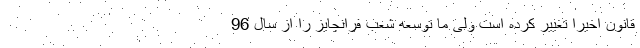
قانون اخیرا تغییر کرده است ولی ما توسعه شعب فرانچایز را از سال 96